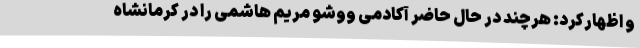
و اظهارکرد: هرچند در حال حاضر آکادمی ووشو مریم هاشمی را در کرمانشاه